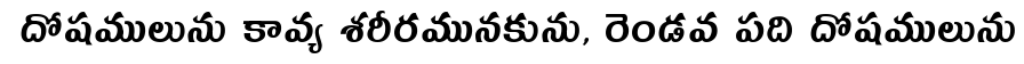
దోషములును కావ్య శరీరమునకును, రెండవ పది దోషములును